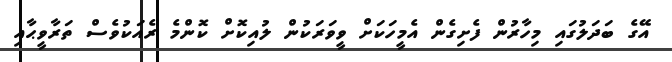
އޭގެ ބަދަލުގައި މިހާރުން ފެށިގެން އެމީހަކަށް ވީވަރަކުން ލުއިކޮށް ކޮންމެ ރެއަކުވެސް ތަރާވީޙާއި